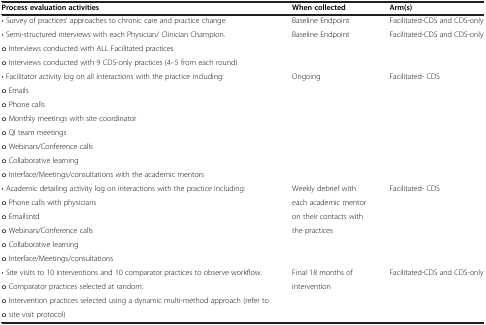
| Process evaluation activities | When collected | Arm(s) |
 | --- | --- | --- |
 | • Survey of practices' approaches to chronic care and practice change | Baseline Endpoint | Facilitated-CDS and CDS-only |
 | • Semi-structured interviews with each Physician/ Clinician Champion. | <ROWSPAN=3> Baseline Endpoint | <ROWSPAN=3> Facilitated-CDS and CDS-only |
 | o Interviews conducted with ALL Facilitated practices |
 | o Interviews conducted with 9 CDS-only practices (4–5 from each round) |
 | • Facilitator activity log on all interactions with the practice including: | <ROWSPAN=8> Ongoing | <ROWSPAN=8> Facilitated- CDS |
 | o Emails |
 | o Phone calls |
 | o Monthly meetings with site coordinator |
 | o QI team meetings |
 | o Webinars/Conference calls |
 | o Collaborative learning |
 | o Interface/Meetings/consultations with the academic mentors |
 | • Academic detailing activity log on interactions with the practice including: | Weekly debrief with | <ROWSPAN=6> Facilitated- CDS |
 | o Phone calls with physicians | each academic mentor |
 | o Emailsntd | on their contacts with |
 | o Webinars/Conference calls | <ROWSPAN=3> the practices |
 | o Collaborative learning |
 | o Interface/Meetings/consultations |
 | • Site visits to 10 interventions and 10 comparator practices to observe workflow. | Final 18 months of | <ROWSPAN=4> Facilitated-CDS and CDS-only |
 | o Comparator practices selected at random. | <ROWSPAN=3> intervention |
 | o Intervention practices selected using a dynamic multi-method approach (refer to |
 | o site visit protocol) |